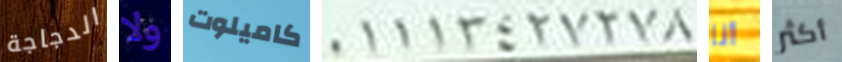
الدجاجة ولا كاميلوت 01113427278 أنا أكثر